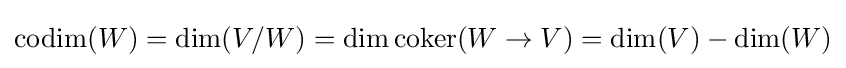
\operatorname {codim} (W)=\dim(V/W)=\dim \operatorname {coker} (W\to V)=\dim(V)-\dim(W)